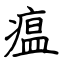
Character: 瘟